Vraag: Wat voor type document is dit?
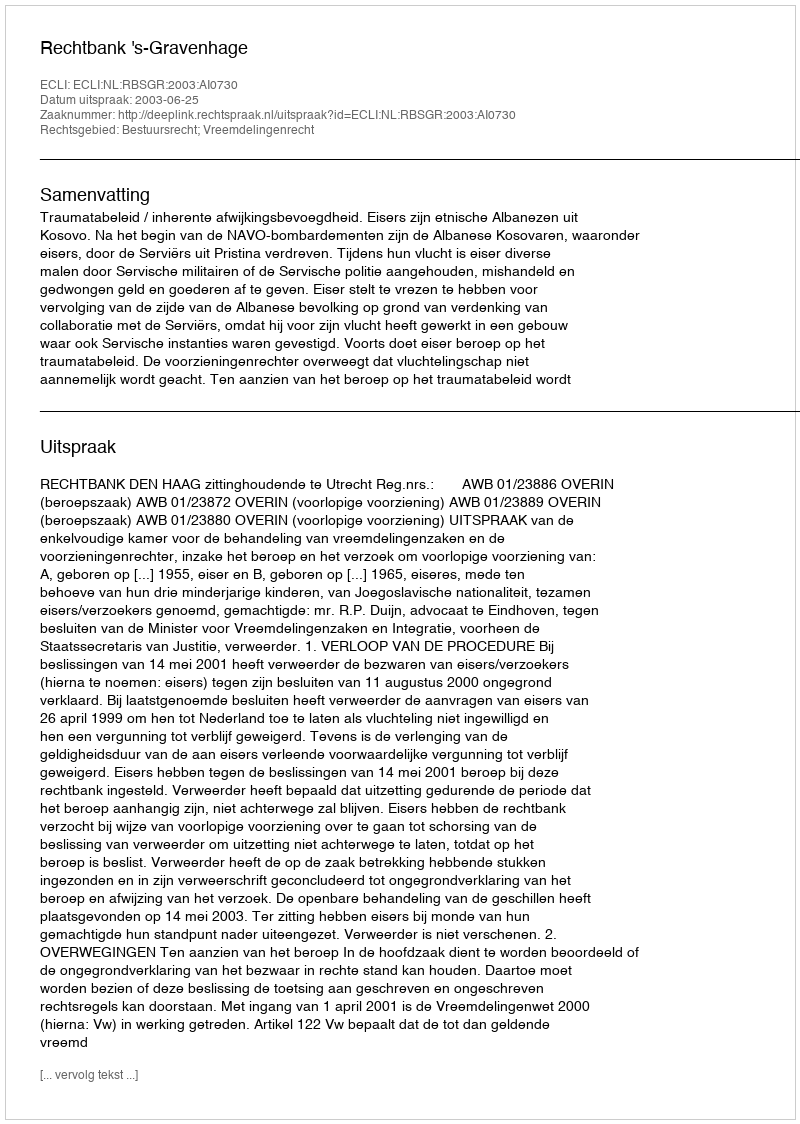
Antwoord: Uitspraak